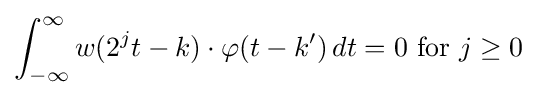
\int _{-\infty }^{\infty }w(2^{j}t-k)\cdot \varphi (t-k')\,dt=0{\text{ for }}j\geq 0